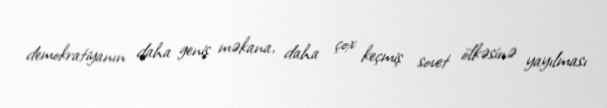
demokratiyanın daha geniş məkana, daha çox keçmiş sovet ölkəsinə yayılması